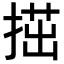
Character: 𢱝